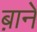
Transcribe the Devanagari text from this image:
ब़ाने